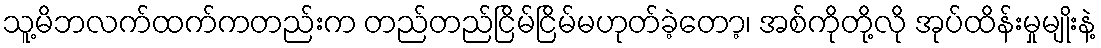
သူ့မိဘလက်ထက်ကတည်းက တည်တည်ငြိမ်ငြိမ်မဟုတ်ခဲ့တော့၊ အစ်ကိုတို့လို အုပ်ထိန်းမှုမျိုးနဲ့